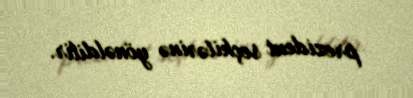
prezident seçkilərinə yönəldilir.